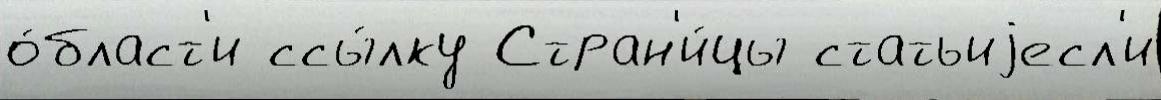
о́бласт'и ссы́лку Стран'и́цы статьиjесл'и